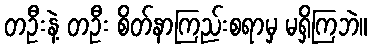
တဦးနဲ့ တဦး စိတ်နာကြည်းစရာမှ မရှိကြဘဲ။